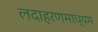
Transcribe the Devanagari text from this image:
लदाहरणमाध्यम